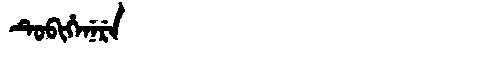
Manchu: ᡨᡠᠪᡳᡥᡝᠨᡝᡵᡝ
Romanization: TUBIHENERE